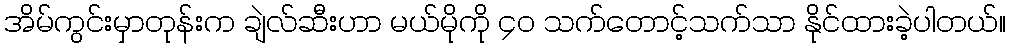
အိမ်ကွင်းမှာတုန်းက ချဲလ်ဆီးဟာ မယ်မိုကို ၄၀ သက်တောင့်သက်သာ နိုင်ထားခဲ့ပါတယ်။